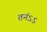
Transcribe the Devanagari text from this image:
तनंऽऽ